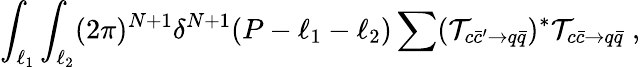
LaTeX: \int_{\ell_{1}}\int_{\ell_{2}}(2\pi)^{N+1}\delta^{N+1}(P-\ell_{1}-\ell_{2})\sum({\cal T}_{c\bar{c}^{\prime}\to q\bar{q}})^{*}{\cal T}_{c\bar{c}\to q\bar{q}}\; ,